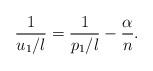
LaTeX: \begin{align*}\frac{1}{u_{1}/l}=\frac{1}{p_{1}/l}-\frac{\alpha}{n}.\end{align*}